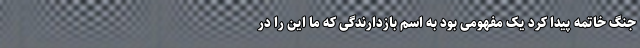
جنگ خاتمه پیدا کرد یک مفهومی بود به اسم بازدارندگی که ما این را در